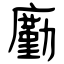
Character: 㢙